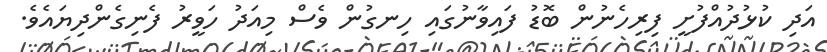
އަދި ކުޅުދުއްފުށީ ފިރިހެނުން ބޮޑު ފައިވާނުގައި ހިނގުން ވެސް މިއަދު ހަވީރު ފެނިގެންދިޔައެވެ.